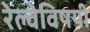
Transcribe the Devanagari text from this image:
रेल्वेविषयी